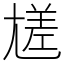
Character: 㞉